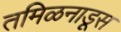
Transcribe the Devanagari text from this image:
तमिळनाडूस